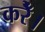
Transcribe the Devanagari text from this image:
करेँ।